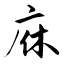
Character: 庥